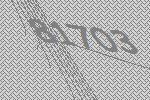
81703